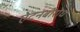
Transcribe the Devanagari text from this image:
ऐटनबोरोघ